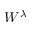
W ^ { \lambda }